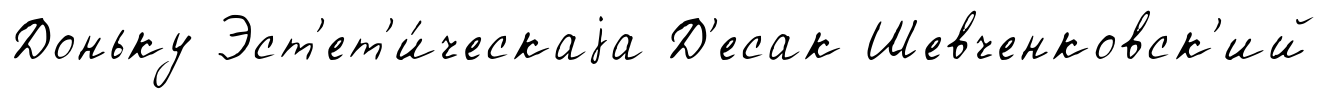
Доньку Эст'ет'и́ческаjа Д'есак Шевченковск'ий